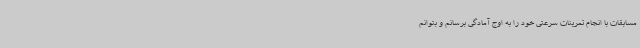
مسابقات با انجام تمرینات سرعتی خود را به اوج آمادگی برسانم و بتوانم